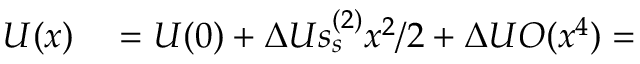
\begin{array} { r l } { U ( x ) } & { { } = U ( 0 ) + \Delta U s _ { s } ^ { ( 2 ) } x ^ { 2 } / 2 + \Delta U O ( x ^ { 4 } ) = } \end{array}